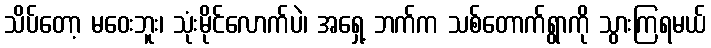
သိပ်တော့ မဝေးဘူး၊ သုံးမိုင်လောက်ပဲ၊ အရှေ့ ဘက်က သစ်တောက်ရွာကို သွားကြရမယ်